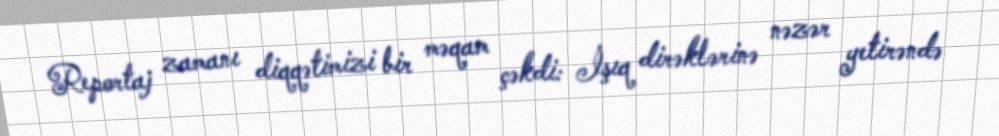
Reportaj zamanı diqqətimizi bir məqam çəkdi: İşıq dirəklərinə nəzər yetirəndə